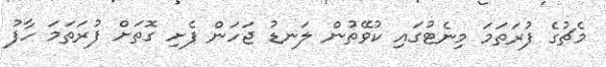
މެޗުގެ ފުރަތަމަ މިނެޓުގައި ކުވޭތުން ލަނޑު ޖަހަން ފެށި ގޮތަށް ފުރަތަމަ ހާފު